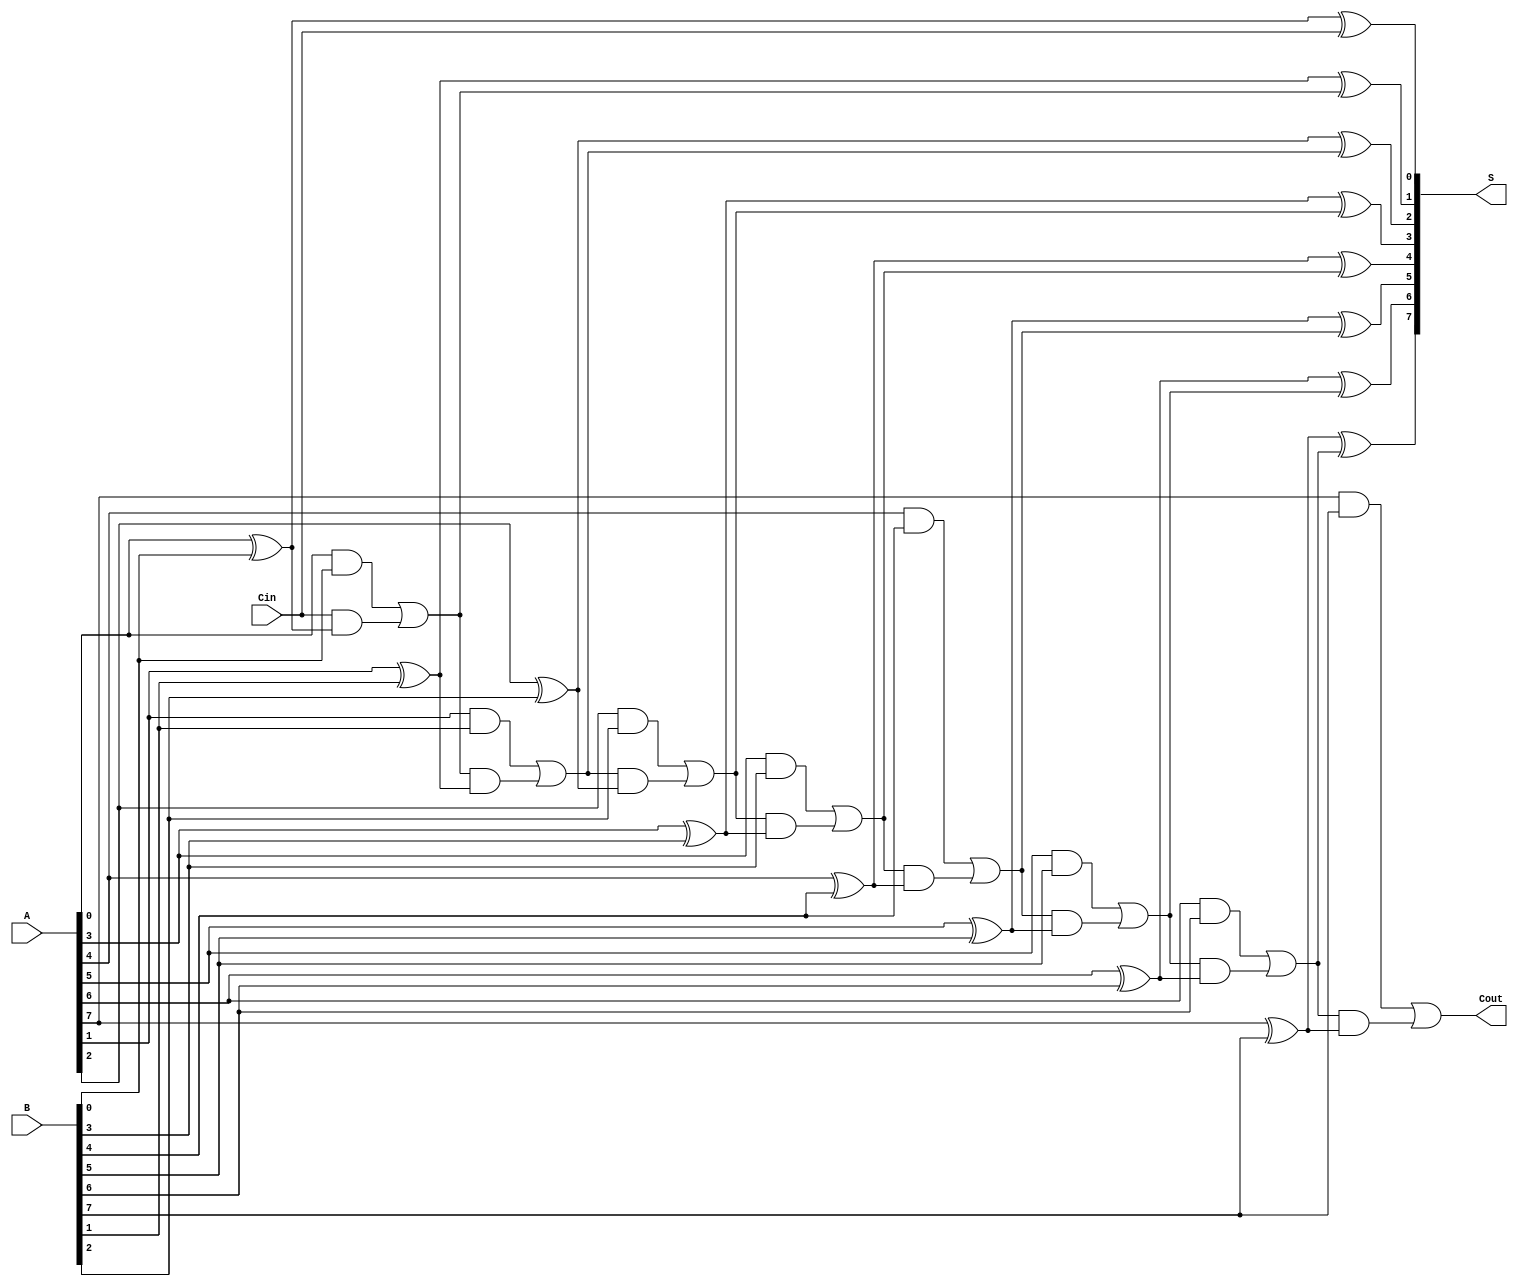
module ManchesterCarryChainAdder #(parameter N = 8) (
    input  [N-1:0] A,     // First n-bit input
    input  [N-1:0] B,     // Second n-bit input
    input          Cin,    // Carry-in input
    output [N-1:0] S,     // n-bit sum output
    output         Cout     // Carry-out output
);
    wire [N:0] C;  // Carry signals; C[0] for carry-in, C[N] for carry-out

    // Generate carry bits
    assign C[0] = Cin;  // Initialize C[0] with Cin

    genvar i;
    generate
        for (i = 0; i < N; i = i + 1) begin: carry_generation
            assign C[i+1] = (A[i] & B[i]) | (C[i] & (A[i] ^ B[i]));
        end
    endgenerate

    // Calculate sum bits
    generate
        for (i = 0; i < N; i = i + 1) begin: sum_generation
            assign S[i] = A[i] ^ B[i] ^ C[i];
        end
    endgenerate

    // Carry-out is the last carry generated
    assign Cout = C[N];

endmodule